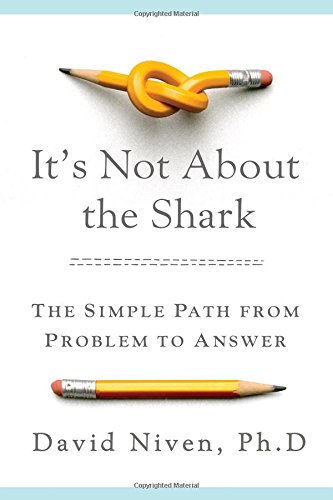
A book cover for It's Not About the Shark: How to Solve Unsolvable Problems; David Niven; Health, Fitness & Dieting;